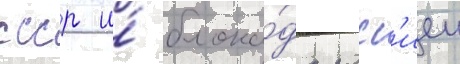
ссср и́ блока́да росс'иеи